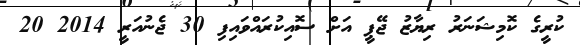
ކުރީގެ ކޮމިޝަނަރު ރިޔާޒު ޖޭޕީ އަށް ސޮއިކުރައްވައިފި 30 ޖެނުއަރީ 2014 20